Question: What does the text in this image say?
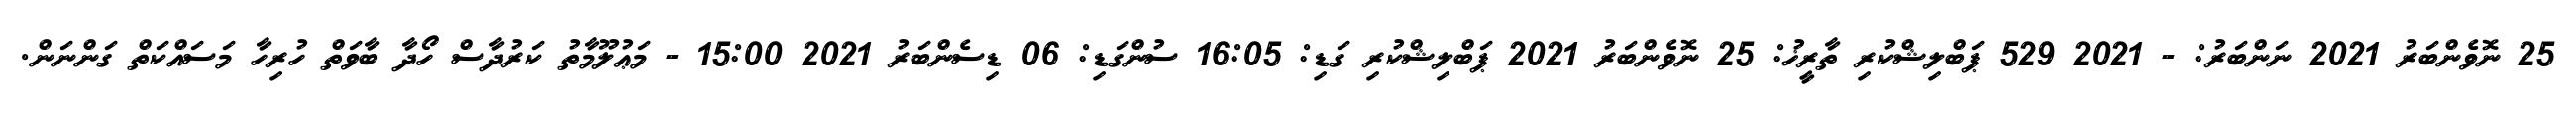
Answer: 25 ނޮވެންބަރު 2021 ނަންބަރު: - 2021 529 ޕަބްލިޝްކުރި ތާރީޚު: 25 ނޮވެންބަރު 2021 ޕަބްލިޝްކުރި ގަޑި: 16:05 ސުންގަޑި: 06 ޑިސެންބަރު 2021 15:00 - މަޢުލޫމާތު ކަރުދާސް ހޯދާ ބާވަތް ހުރިހާ މަސައްކަތް ގަންނަން.